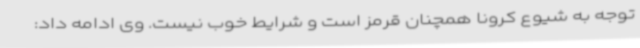
توجه به شیوع کرونا همچنان قرمز است و شرایط خوب نیست. وی ادامه داد: